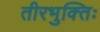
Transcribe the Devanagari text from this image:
तीरभुक्‍तिः